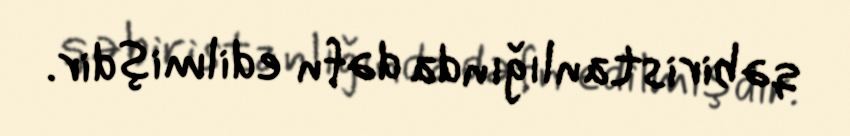
qəbiristanlığında dəfn edilmişdir.